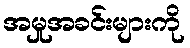
အမှုအခင်းများကို